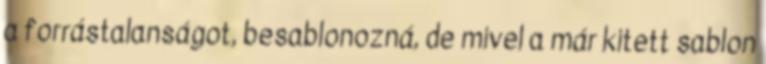
a forrástalanságot, besablonozná, de mivel a már kitett sablon